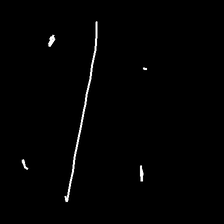
Glyph: cool